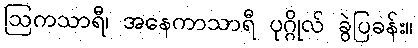
ဩကသာရီ၊ အနေကာသာရီ ပုဂ္ဂိုလ် ခွဲပြခန်း။